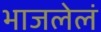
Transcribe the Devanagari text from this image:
भाजलेलं